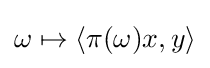
\omega \mapsto \langle \pi (\omega )x,y\rangle